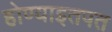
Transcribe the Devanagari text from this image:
होण्याइतपत